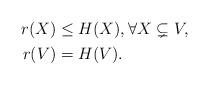
LaTeX: \begin{align*} \begin{aligned} r(X) & \leq H(X), \forall X \subsetneq V, \\ r(V) & = H(V). \end{aligned}\end{align*}